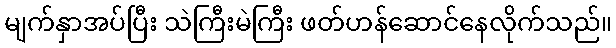
မျက်နှာအပ်ပြီး သဲကြီးမဲကြီး ဖတ်ဟန်ဆောင်နေလိုက်သည်။